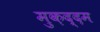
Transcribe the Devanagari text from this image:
मुक़द्दम